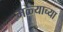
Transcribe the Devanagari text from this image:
मळ्याच्या